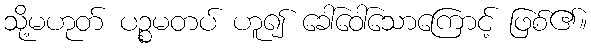
သို့မဟုတ် ပဉ္စမတပ် ဟူ၍ ခေါ်ဝေါ်သောကြောင့် ဖြစ်၏။